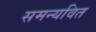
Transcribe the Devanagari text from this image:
समन्यवित